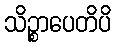
သိဉ္စာပေတိပိ